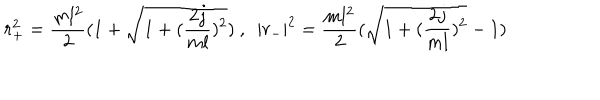
r _ { + } ^ { 2 } = { \frac { m l ^ { 2 } } { 2 } } ( 1 + \sqrt { 1 + ( { \frac { 2 j } { m l } } ) ^ { 2 } } ) ~ , ~ ~ | r _ { - } | ^ { 2 } = { \frac { m l ^ { 2 } } { 2 } } ( \sqrt { 1 + ( { \frac { 2 j } { m l } } ) ^ { 2 } } - 1 ) ~ ~